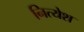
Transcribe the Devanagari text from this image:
नित्येश